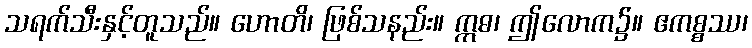
သရက်သီးနှင့်တူသည်။ ဟောတိ၊ ဖြစ်သနည်း။ ဣဓ၊ ဤလောက၌။ ဧကစ္စဿ၊